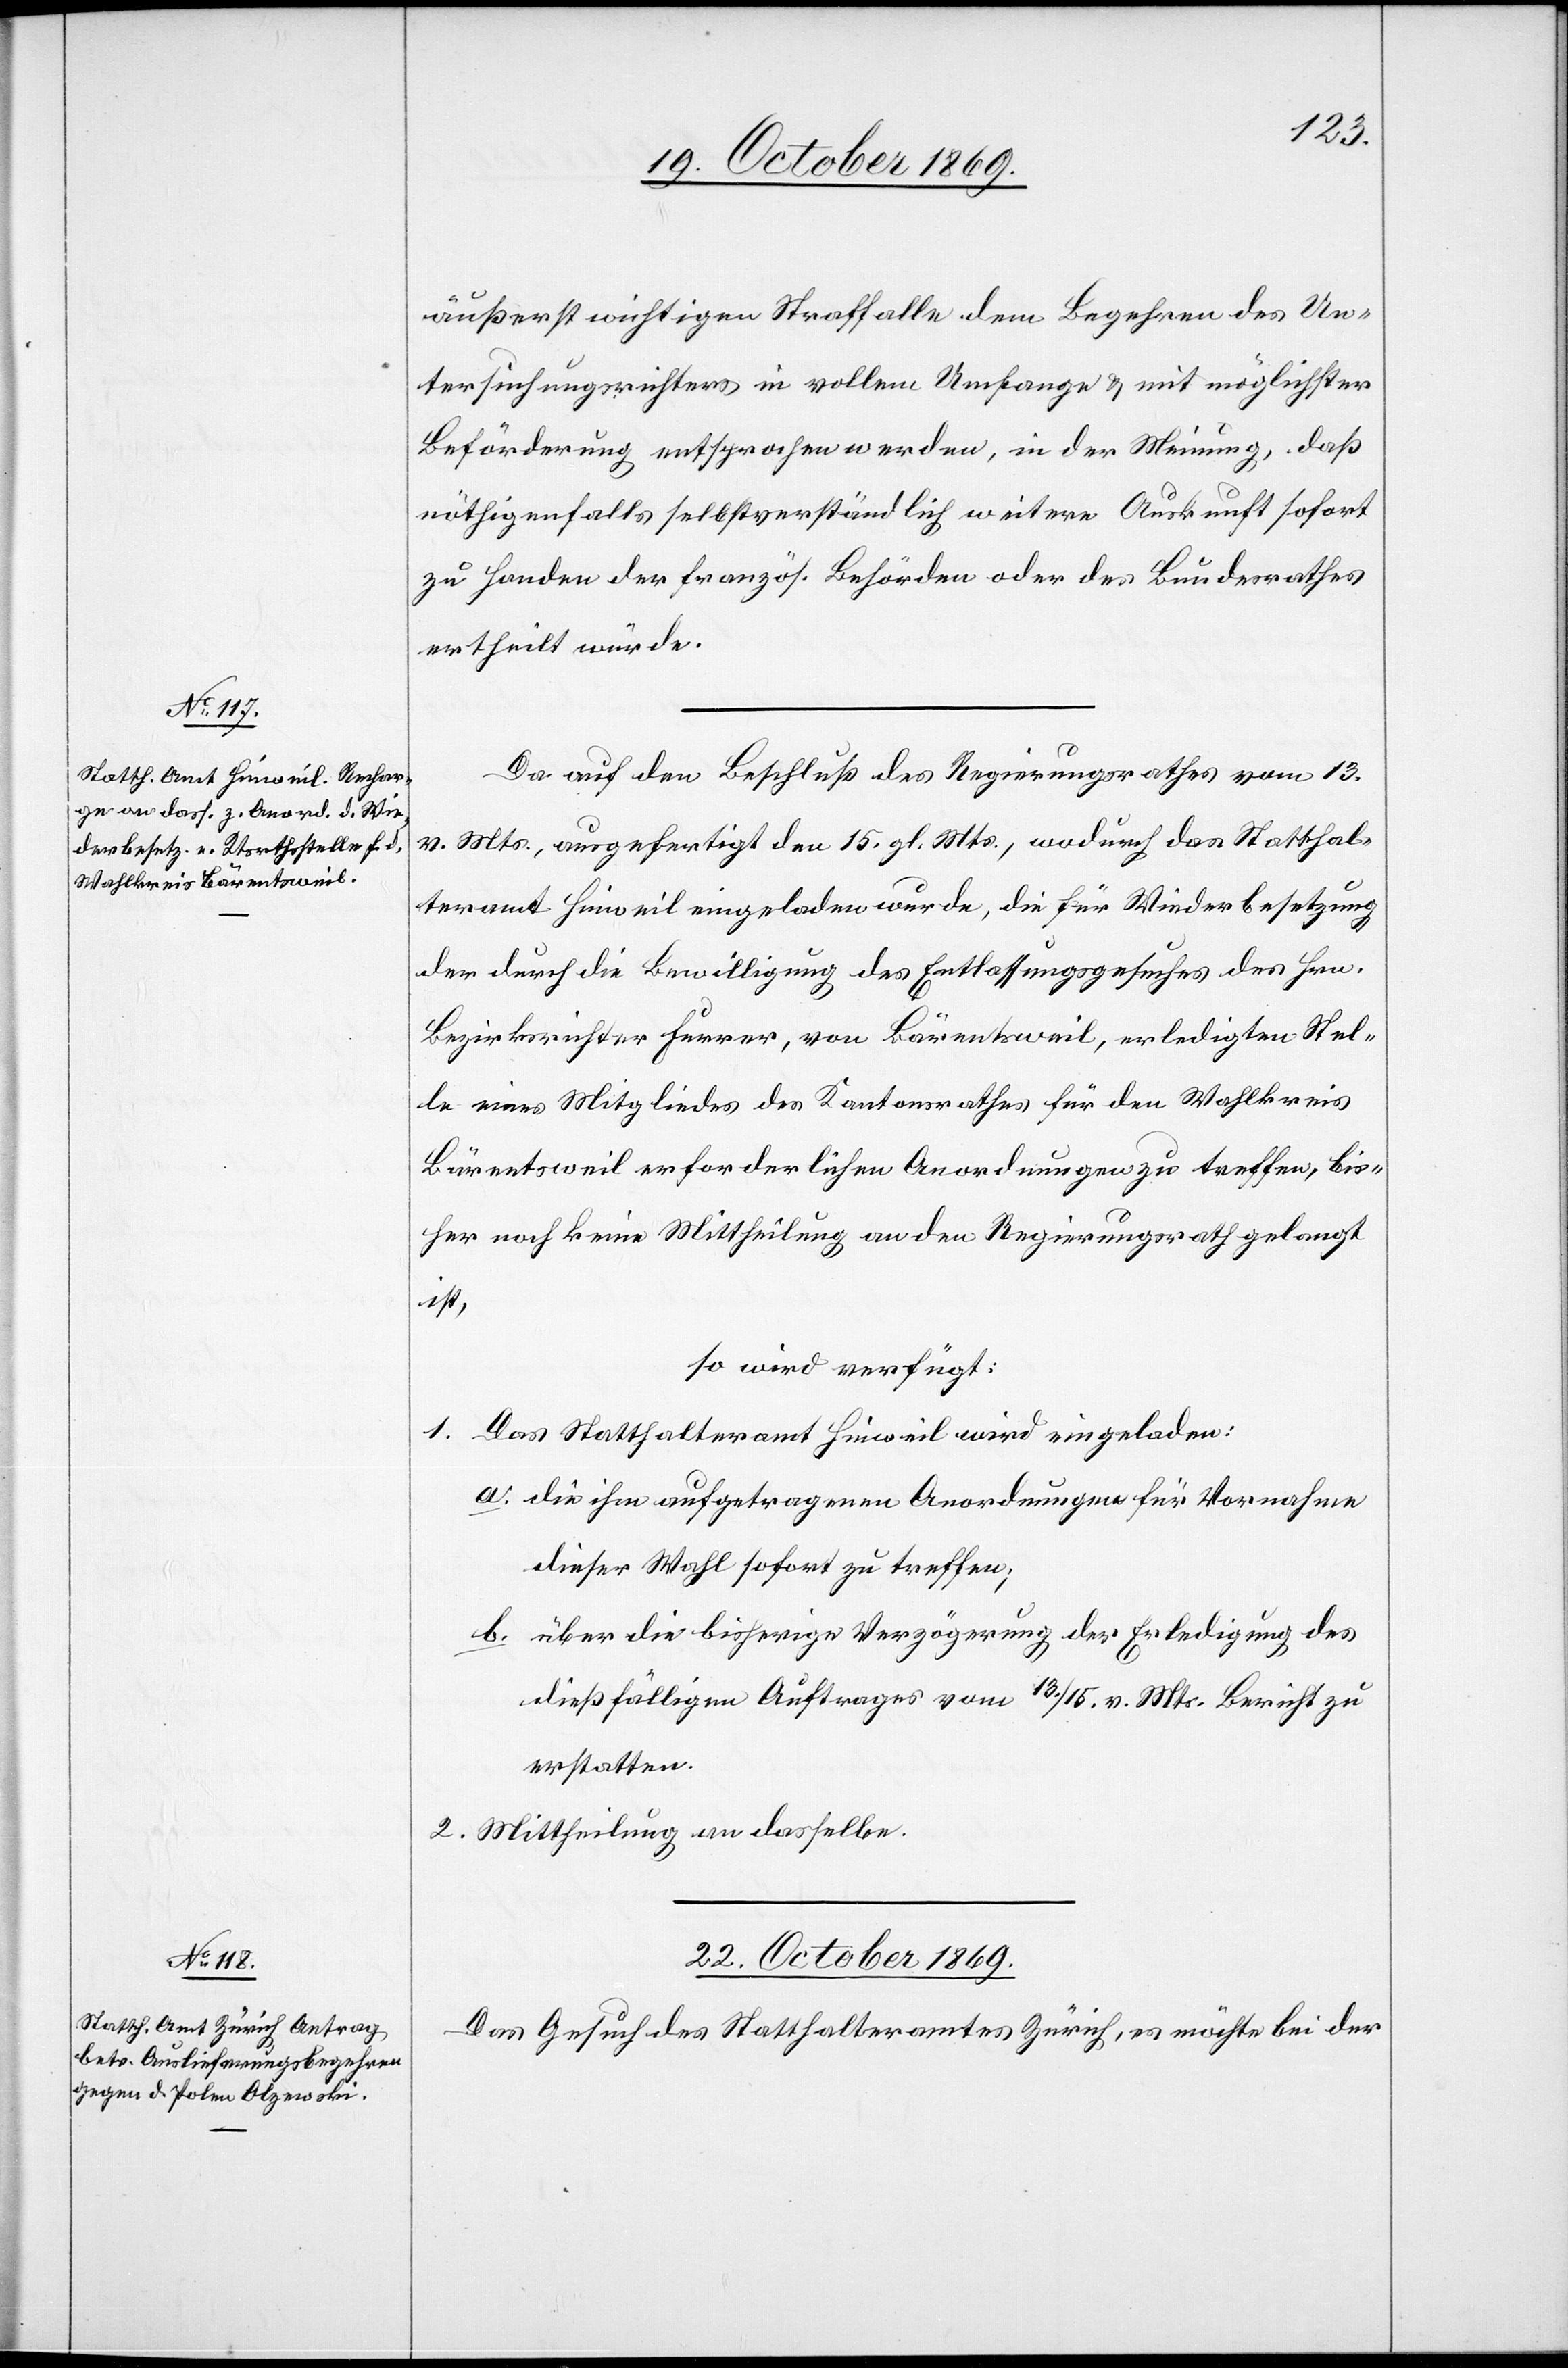
21. October 1869.]
äußerst wichtigen Straffalle dem Begehren des Un¬
tersuchungsrichters in vollem Umfange & mit möglichster
Beförderung entsprochen werden, in der Meinung, daß
nöthigenfalls selbstverständlich weitere Auskunft sofort
zu Handen der französ. Behörden oder des Bundesrathes
ertheilt würde.
Da auf den Beschluß des Regierungsrathes vom 13.
v. Mts., ausgefertigt den 15. gl. Mts., wodurch das Statthal¬
teramt Hinweil eingeladen wurde, die für Wiederbesetzung
der durch die Bewilligung des Entlassungsgesuches des Hrn.
Bezirksrichter Furrer, von Bärentsweil, erledigten Stel¬
le eines Mitgliedes des Kantonsrathes für den Wahlkreis
Bärentsweil erforderlichen Anordnungen zu treffen, bis¬
her noch keine Mittheilung an den Regierungsrath gelangt
ist,
so wird verfügt:
1. Das Statthalteramt Hinweil wird eingeladen:
die ihm aufgetragenen Anordnungen für Vornahme
dieser Wahl sofort zu treffen;
über die bisherige Verzögerung der Erledigung des
dießfälligen Auftrages vom 13./15. v. Mts. Bericht zu
erstatten.
2. Mittheilung an dasselbe.
22. October 1869.
Das Gesuch des Statthalteramtes Zürich, es möchte bei der